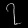
Digit: ၇